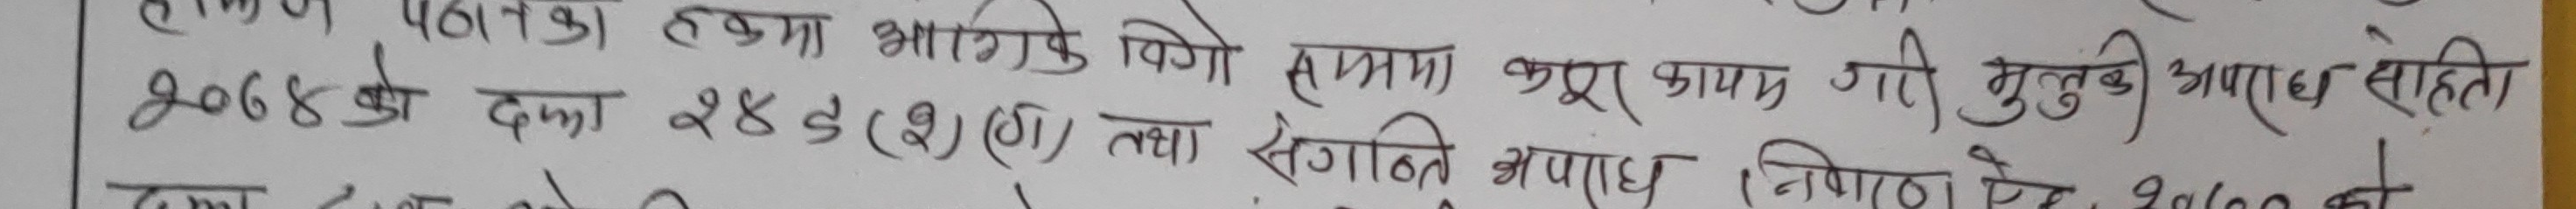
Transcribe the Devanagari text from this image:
पानका हकमा भगिके विगो सम्ममा कपूर कायम गरी मुलुकी अपराध सहिती